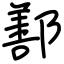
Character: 鄯